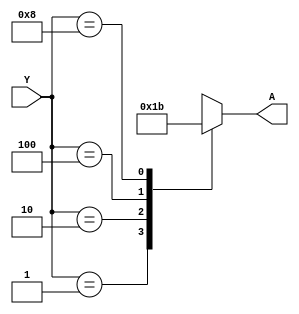
`timescale 1ns / 1ps
//////////////////////////////////////////////////////////////////////////////////
// Company: 
// Engineer: 
// 
// Design Name: 
// Module Name: encoder
// Project Name: 
// Target Devices: 
// Tool Versions: 
// Description: 
// 
module encoder(A, Y);  
input [3:0]Y;  
output reg [1:0]A;  
always@(Y)  
begin  
case(Y)  
4'b0001:A = 2'b00;  
4'b0010:A = 2'b01;  
4'b0100:A = 2'b10;  
4'b1000:A = 2'b11;  
default: A = 2'bxx; 
endcase  
end  
endmodule